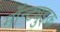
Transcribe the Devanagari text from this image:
मॉन्ट्युइक